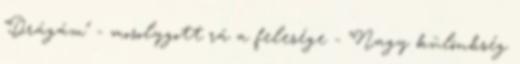
"Drágám" - mosolygott rá a felesége - "Nagy különbség